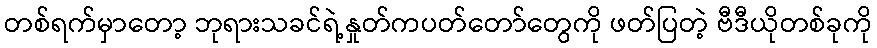
တစ်ရက်မှာတော့ ဘုရားသခင်ရဲ့နှုတ်ကပတ်တော်တွေကို ဖတ်ပြတဲ့ ဗီဒီယိုတစ်ခုကို